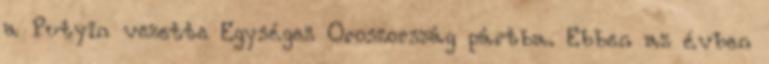
a Putyin vezette Egységes Oroszország pártba. Ebben az évben